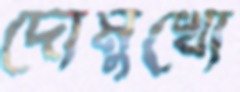
দোমুখো